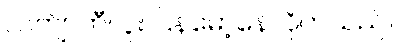
လက်ျာဘီလူး ပြန်မော့နေလိုက်သည်။